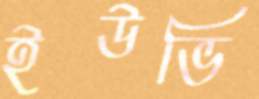
ইউভি